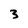
Character: 3